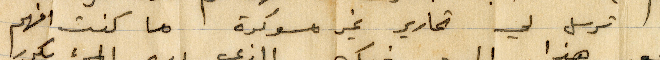
لا ترسل لي تحارير غير مسوكرة ما كنت افهم